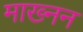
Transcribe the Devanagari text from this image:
माख्नन